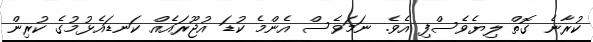
ކުރާނެ ގޮތް ލިޔެވެސްފި އެވެ. ނަމަވެސް އެންމެ ކުޑަ އުޖޫރައެއް ކަނޑައެޅުމުގެ ކުރިން